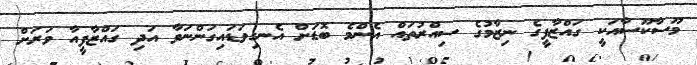
މޫސާކޫސާއަކީ ގައްޒާފީގެ ނިޒާމުގެ ސިއްރުތައް އެންމެ ބޮޑަށް އެނގިވަޑައިގަންނަވާ އަދި ގައްޒާފީއާ ވަަރަށް